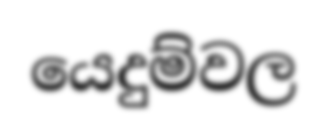
යෙදුම්වල